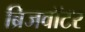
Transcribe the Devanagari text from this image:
ब्रिजवॉटर